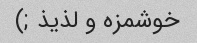
خوشمزه و لذیذ ;)